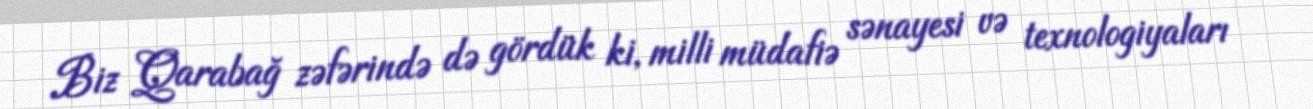
Biz Qarabağ zəfərində də gördük ki, milli müdafiə sənayesi və texnologiyaları